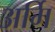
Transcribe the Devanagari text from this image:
अर्मि